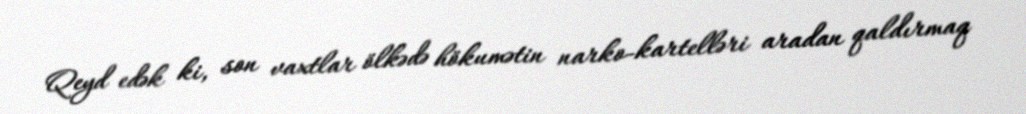
Qeyd edək ki, son vaxtlar ölkədə hökumətin narko-kartelləri aradan qaldırmaq